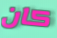
كان